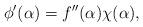
LaTeX: \begin{align*} \phi'(\alpha) = f''(\alpha)\chi(\alpha),\end{align*}